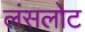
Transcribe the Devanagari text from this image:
लंसलोट